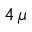
4 \, \mu